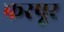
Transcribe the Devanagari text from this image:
फरपूर